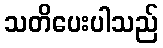
သတိပေးပါသည်